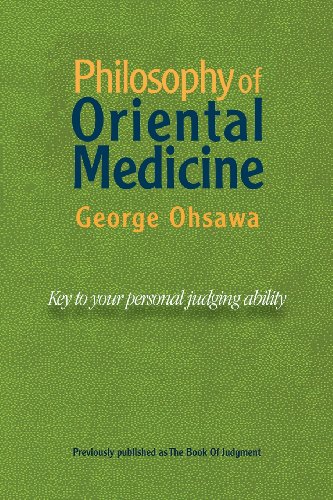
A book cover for Philosophy of Oriental Medicine: Key to Your Personal Judging Ability; George Ohsawa; Health, Fitness & Dieting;